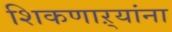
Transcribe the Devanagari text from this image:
शिकणाऱ्यांना